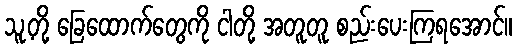
သူ့တို့ ခြေထောက်တွေကို ငါတို့ အတူတူ စည်းပေးကြရအောင်။